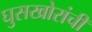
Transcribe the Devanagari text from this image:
घुसखोरांची